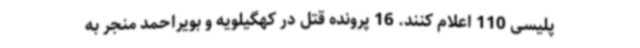
پلیسی 110 اعلام کنند. 16 پرونده قتل در کهگیلویه و بویراحمد منجر به